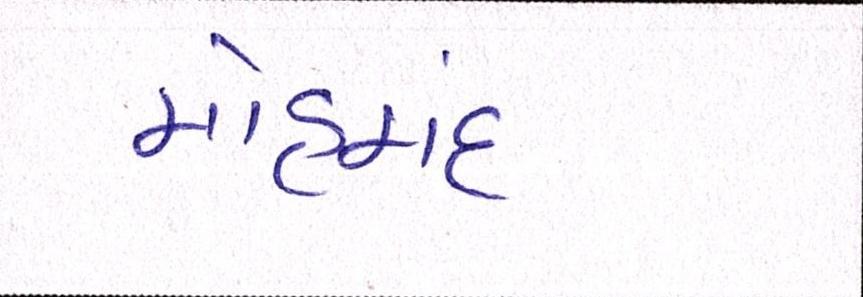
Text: મોહમંદ